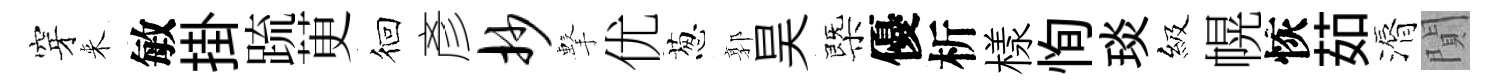
穿来敏掛䟽茰徊彥抄擊优葱郭昊㮣優析樣恂琰級幌恢茹漘閴